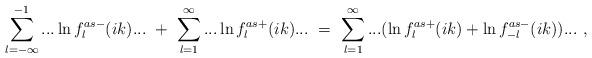
LaTeX: \begin{align*}\sum_{l=-\infty}^{-1}...\ln f^{as-}_l(ik)...\ +\ \sum_{l=1}^{\infty}...\ln f^{as+}_l(ik)...\ =\ \sum_{l=1}^{\infty}...(\ln f^{as+}_l(ik)+ \ln f^{as-}_{-l}(ik))...\ ,\end{align*}